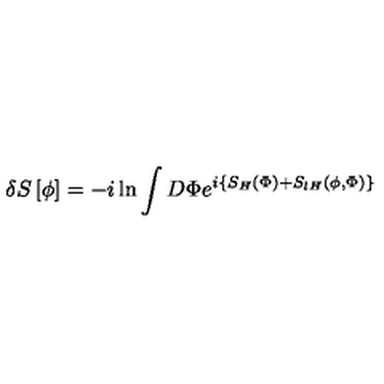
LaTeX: \delta S \left[ \phi \right] = - i \ln \int D \Phi e ^ { i \left\{ S _ { H } \left( \Phi \right) + S _ { l H } \left( \phi , \Phi \right) \right\} }